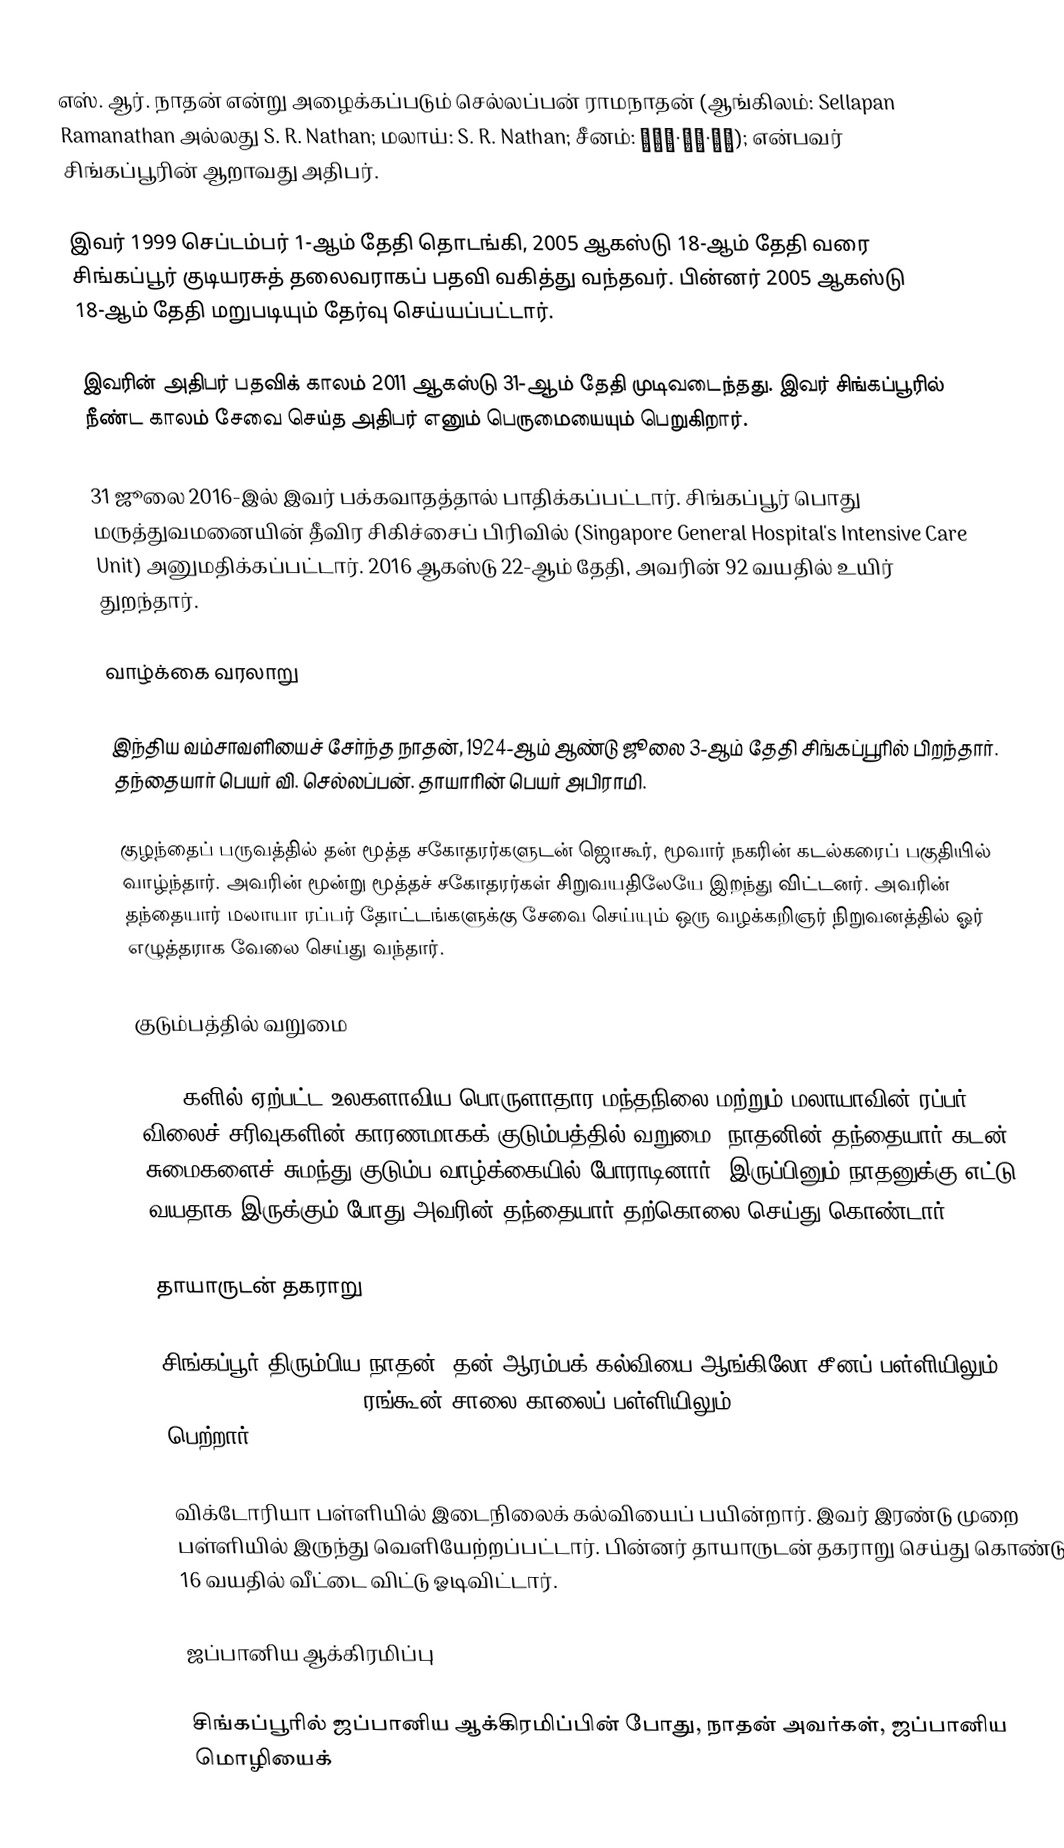
எஸ். ஆர். நாதன் என்று அழைக்கப்படும் செல்லப்பன் ராமநாதன் (ஆங்கிலம்: Sellapan Ramanathan அல்லது S. R. Nathan; மலாய்: S. R. Nathan; சீனம்: 塞拉潘·拉馬·纳丹); என்பவர் சிங்கப்பூரின் ஆறாவது அதிபர்.

இவர் 1999 செப்டம்பர் 1-ஆம் தேதி தொடங்கி, 2005 ஆகஸ்டு 18-ஆம் தேதி வரை சிங்கப்பூர் குடியரசுத் தலைவராகப் பதவி வகித்து வந்தவர். பின்னர் 2005 ஆகஸ்டு 18-ஆம் தேதி மறுபடியும் தேர்வு செய்யப்பட்டார்.

இவரின் அதிபர் பதவிக் காலம் 2011 ஆகஸ்டு 31-ஆம் தேதி முடிவடைந்தது. இவர் சிங்கப்பூரில் நீண்ட காலம் சேவை செய்த அதிபர் எனும் பெருமையையும் பெறுகிறார்.

31 ஜூலை 2016-இல் இவர் பக்கவாதத்தால் பாதிக்கப்பட்டார். சிங்கப்பூர் பொது மருத்துவமனையின் தீவிர சிகிச்சைப் பிரிவில் (Singapore General Hospital's Intensive Care Unit) அனுமதிக்கப்பட்டார். 2016 ஆகஸ்டு 22-ஆம் தேதி, அவரின் 92 வயதில் உயிர் துறந்தார்.

வாழ்க்கை வரலாறு

இந்திய வம்சாவளியைச் சேர்ந்த நாதன், 1924-ஆம் ஆண்டு ஜூலை 3-ஆம் தேதி சிங்கப்பூரில் பிறந்தார். தந்தையார் பெயர் வி. செல்லப்பன். தாயாரின் பெயர் அபிராமி.

குழந்தைப் பருவத்தில் தன் மூத்த சகோதரர்களுடன் ஜொகூர், மூவார் நகரின் கடல்கரைப் பகுதியில் வாழ்ந்தார். அவரின் மூன்று மூத்தச் சகோதரர்கள் சிறுவயதிலேயே இறந்து விட்டனர். அவரின் தந்தையார் மலாயா ரப்பர் தோட்டங்களுக்கு சேவை செய்யும் ஒரு வழக்கறிஞர் நிறுவனத்தில் ஓர் எழுத்தராக வேலை செய்து வந்தார்.

குடும்பத்தில் வறுமை

1930-களில் ஏற்பட்ட உலகளாவிய பொருளாதார மந்தநிலை மற்றும் மலாயாவின்  ரப்பர் விலைச் சரிவுகளின் காரணமாகக் குடும்பத்தில் வறுமை. நாதனின் தந்தையார் கடன் சுமைகளைச் சுமந்து குடும்ப வாழ்க்கையில் போராடினார். இருப்பினும் நாதனுக்கு எட்டு வயதாக இருக்கும் போது அவரின் தந்தையார் தற்கொலை செய்து கொண்டார்.

தாயாருடன் தகராறு

சிங்கப்பூர் திரும்பிய நாதன், தன் ஆரம்பக் கல்வியை ஆங்கிலோ-சீனப் பள்ளியிலும் (Anglo-Chinese School) ரங்கூன் சாலை காலைப் பள்ளியிலும் (Rangoon Road Morning School) பெற்றார்.

விக்டோரியா பள்ளியில் இடைநிலைக் கல்வியைப் பயின்றார். இவர் இரண்டு முறை பள்ளியில் இருந்து வெளியேற்றப்பட்டார். பின்னர் தாயாருடன் தகராறு செய்து கொண்டு, 16 வயதில் வீட்டை விட்டு ஓடிவிட்டார்.

ஜப்பானிய ஆக்கிரமிப்பு

சிங்கப்பூரில் ஜப்பானிய ஆக்கிரமிப்பின் போது, நாதன் அவர்கள், ஜப்பானிய மொழியைக்